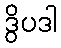
ဒွိပဒါ